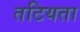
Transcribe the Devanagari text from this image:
तटियता